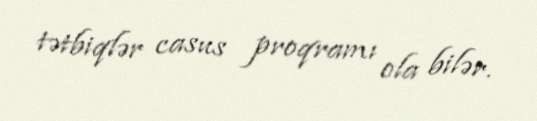
tətbiqlər casus proqramı ola bilər.